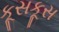
કૂસકૂસ